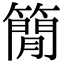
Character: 𥳑